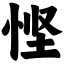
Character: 悭